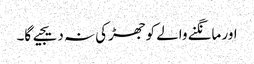
اور مانگنے والے کو جھڑکی نہ دیجیے گا۔